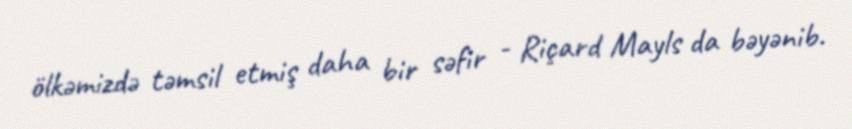
ölkəmizdə təmsil etmiş daha bir səfir - Riçard Mayls da bəyənib.